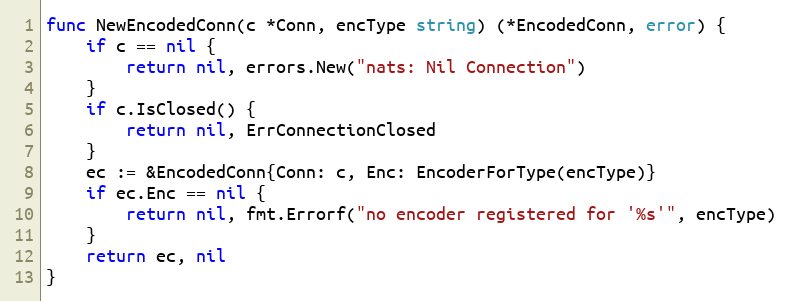
Language: Go
func NewEncodedConn(c *Conn, encType string) (*EncodedConn, error) {
	if c == nil {
		return nil, errors.New("nats: Nil Connection")
	}
	if c.IsClosed() {
		return nil, ErrConnectionClosed
	}
	ec := &EncodedConn{Conn: c, Enc: EncoderForType(encType)}
	if ec.Enc == nil {
		return nil, fmt.Errorf("no encoder registered for '%s'", encType)
	}
	return ec, nil
}